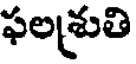
ఫలశ్రుతి